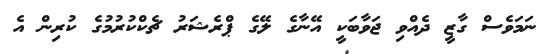
ނަމަވެސް ގާޒީ ދެއްވި ޖަވާބަކީ އޭނާގެ ލޭގެ ޕްރެޝަރު ޗެކްކުރުމުގެ ކުރިން އެ